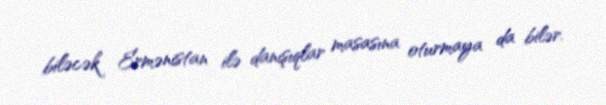
biləcək Ermənistan ilə danışıqlar masasına oturmaya da bilər.